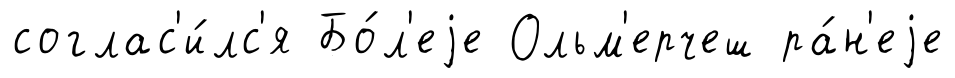
соглас'и́лс'я Бо́л'еjе Ольм'ерчеш ра́н'еjе